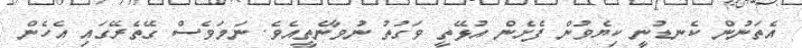
އެތަނުން ކެނޑުނީ ކިޔެވުން ފެށެން އުޅޭތީ ވަގުތު ނުވާނެތީއެވެ. ނަމަވެސް ގޭތެރޭގައި އެހެން